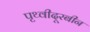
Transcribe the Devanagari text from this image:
पृथ्वीदूरबीन